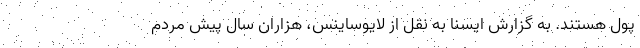
پول هستند. به گزارش ایسنا به نقل از لایوساینس، هزاران سال پیش مردم